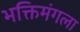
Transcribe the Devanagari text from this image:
भक्तिमंगला